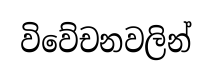
විවේචනවලින්